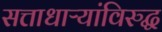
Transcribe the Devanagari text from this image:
सत्ताधाऱ्यांविरुद्ध